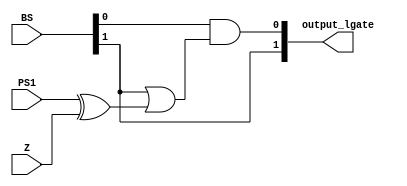
`timescale 1ns / 1ps
//////////////////////////////////////////////////////////////////////////////////
// Company: 
// Engineer: 
// 
// Design Name: 
// Module Name: logic_circuit
// Project Name: 
// Target Devices: 
// Tool Versions: 
// Description: 
// 
// Dependencies: 
// 
// Revision:
// Revision 0.01 - File Created
// Additional Comments:
// 
//////////////////////////////////////////////////////////////////////////////////


module logic_circuit(
        input PS1,
        input Z,
       // input [1:0] BS11,
        input [1:0] BS,
        output [1:0] output_lgate
    );

    assign output_lgate = {BS[1],BS[0] & (BS[1] | (PS1 ^ Z))};

    
endmodule